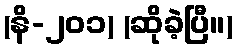
(နိ-၂၀၁) (ဆိုခဲ့ပြီ။)